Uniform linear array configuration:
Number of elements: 64
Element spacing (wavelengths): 0.75
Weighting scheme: blackman
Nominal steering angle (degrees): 0
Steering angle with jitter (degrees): -1.63
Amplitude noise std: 0.05
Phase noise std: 0.05

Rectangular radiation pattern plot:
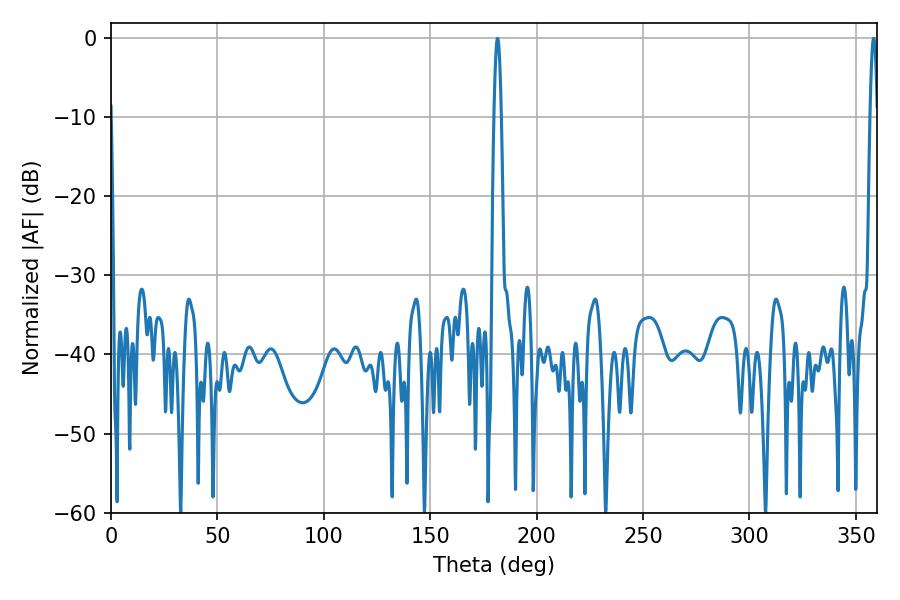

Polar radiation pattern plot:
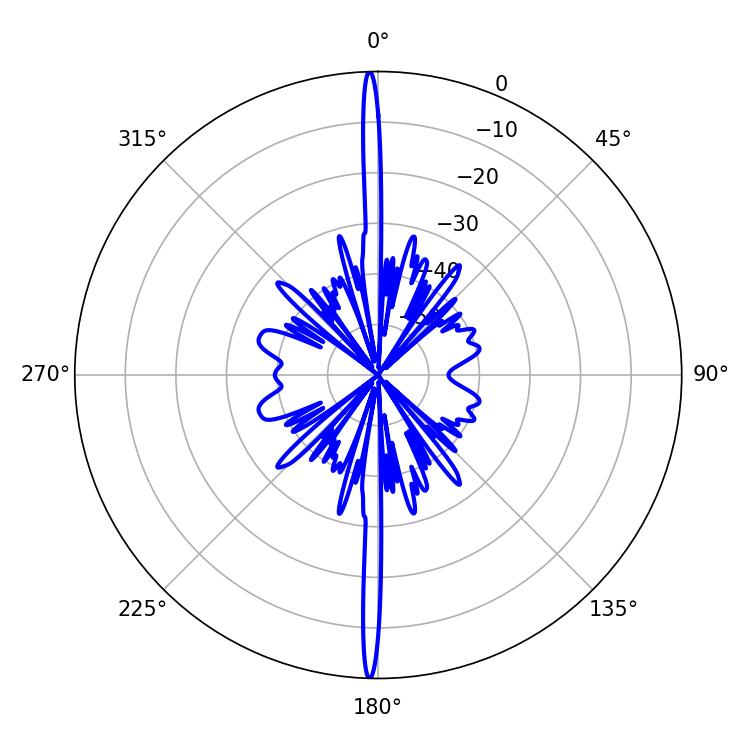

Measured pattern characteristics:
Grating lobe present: TRUE
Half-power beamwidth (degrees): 1.8
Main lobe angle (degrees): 358.38